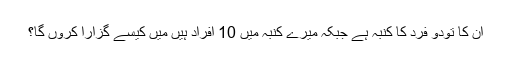
ان کا تودو فرد کا کنبہ ہے جبکہ میرے کنبہ میں 10 افراد ہیں میں کیسے گزارا کروں گا؟